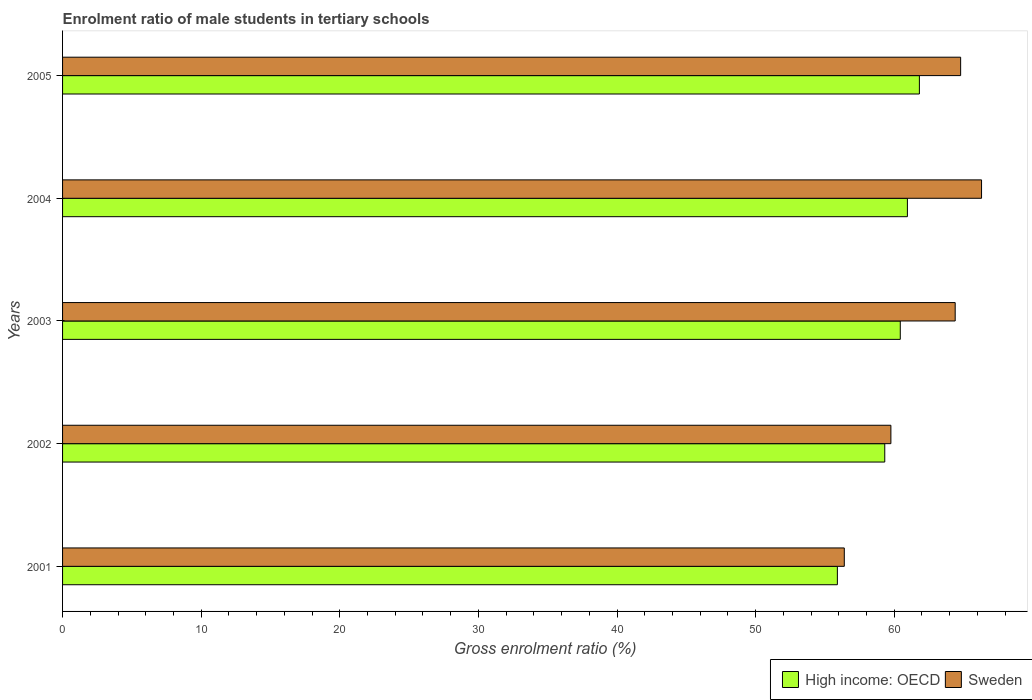
| Years | High income: OECD | Sweden |
 | --- | --- | --- |
 | 2001 | 55.9 | 56.4 |
 | 2002 | 59.3 | 59.8 |
 | 2003 | 60.4 | 64.4 |
 | 2004 | 60.9 | 66.3 |
 | 2005 | 61.8 | 64.8 |